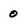
Character: 0